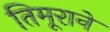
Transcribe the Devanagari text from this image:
तिमूराने